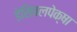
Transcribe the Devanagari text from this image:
डेसिबलपेक्षा